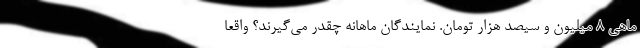
ماهی ۸ میلیون و سیصد هزار تومان. نمایندگان ماهانه چقدر می‌گیرند؟ واقعا